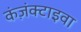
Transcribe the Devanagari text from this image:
कंज़ंक्टाइवा